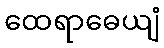
ထေရာဓေယျံ